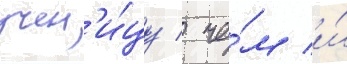
учен'и́цу / че́м и́